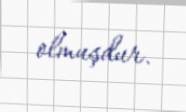
olmuşdur.